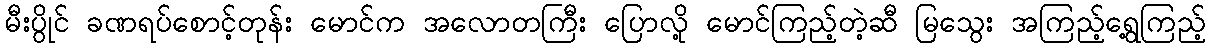
မီးပွိုင် ခဏရပ်စောင့်တုန်း မောင်က အလောတကြီး ပြောလို့ မောင်ကြည့်တဲ့ဆီ မြသွေး အကြည့်ရွေ့ကြည့်